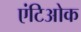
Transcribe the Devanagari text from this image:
एंटिओक